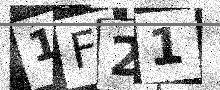
Text: 1F21